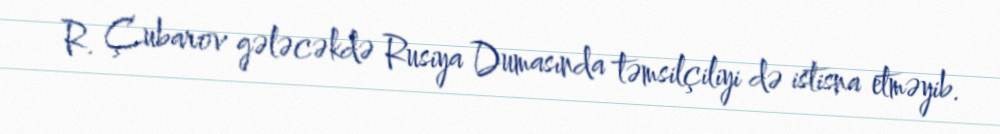
R. Çubarov gələcəkdə Rusiya Dumasında təmsilçiliyi də istisna etməyib.